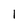
Character: 1